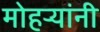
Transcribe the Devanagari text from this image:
मोहऱ्यांनी